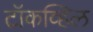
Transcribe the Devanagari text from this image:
टॉकव्हिल